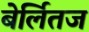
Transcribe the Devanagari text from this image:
बेर्लितज